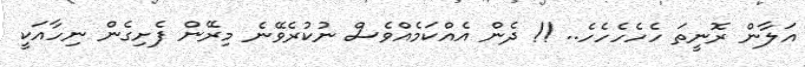
އަލާން ރޮނީތަ ހެހެހެހެހެ.. !! ދެން އެއްކަމެއްވެސް ނުކުރެވޭނެ މިރޭން ފެށިގެން ނިހާއަކީ